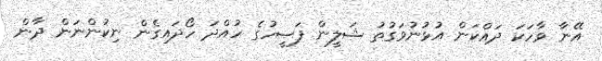
އޭނާ ވާހަކަ ދައްކަން އުޅުނުވަގުތު ޝަލީން ފަޞީހުގެ ހުއްދަ ހޯދައިގެން ނިކުންނަން ދާން